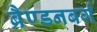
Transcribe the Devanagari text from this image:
ब्रैण्डनबर्ग